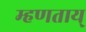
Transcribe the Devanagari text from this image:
म्हणताय्